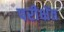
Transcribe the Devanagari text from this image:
परीक्षेंत